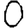
Digit: 0